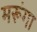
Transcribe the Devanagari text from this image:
मरूंगा